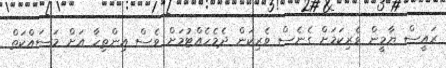
ރައީސް ޔާމީން ވެރިކަމަށް ގެނެސް ވެރިކަން ދެމެހެއްޓުމަށް ވެސް އިންތިހާ އަށް މަސައްކަތް